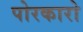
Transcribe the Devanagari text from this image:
पोरकारो